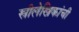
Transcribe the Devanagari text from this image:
स्त्रीलेखिकांची